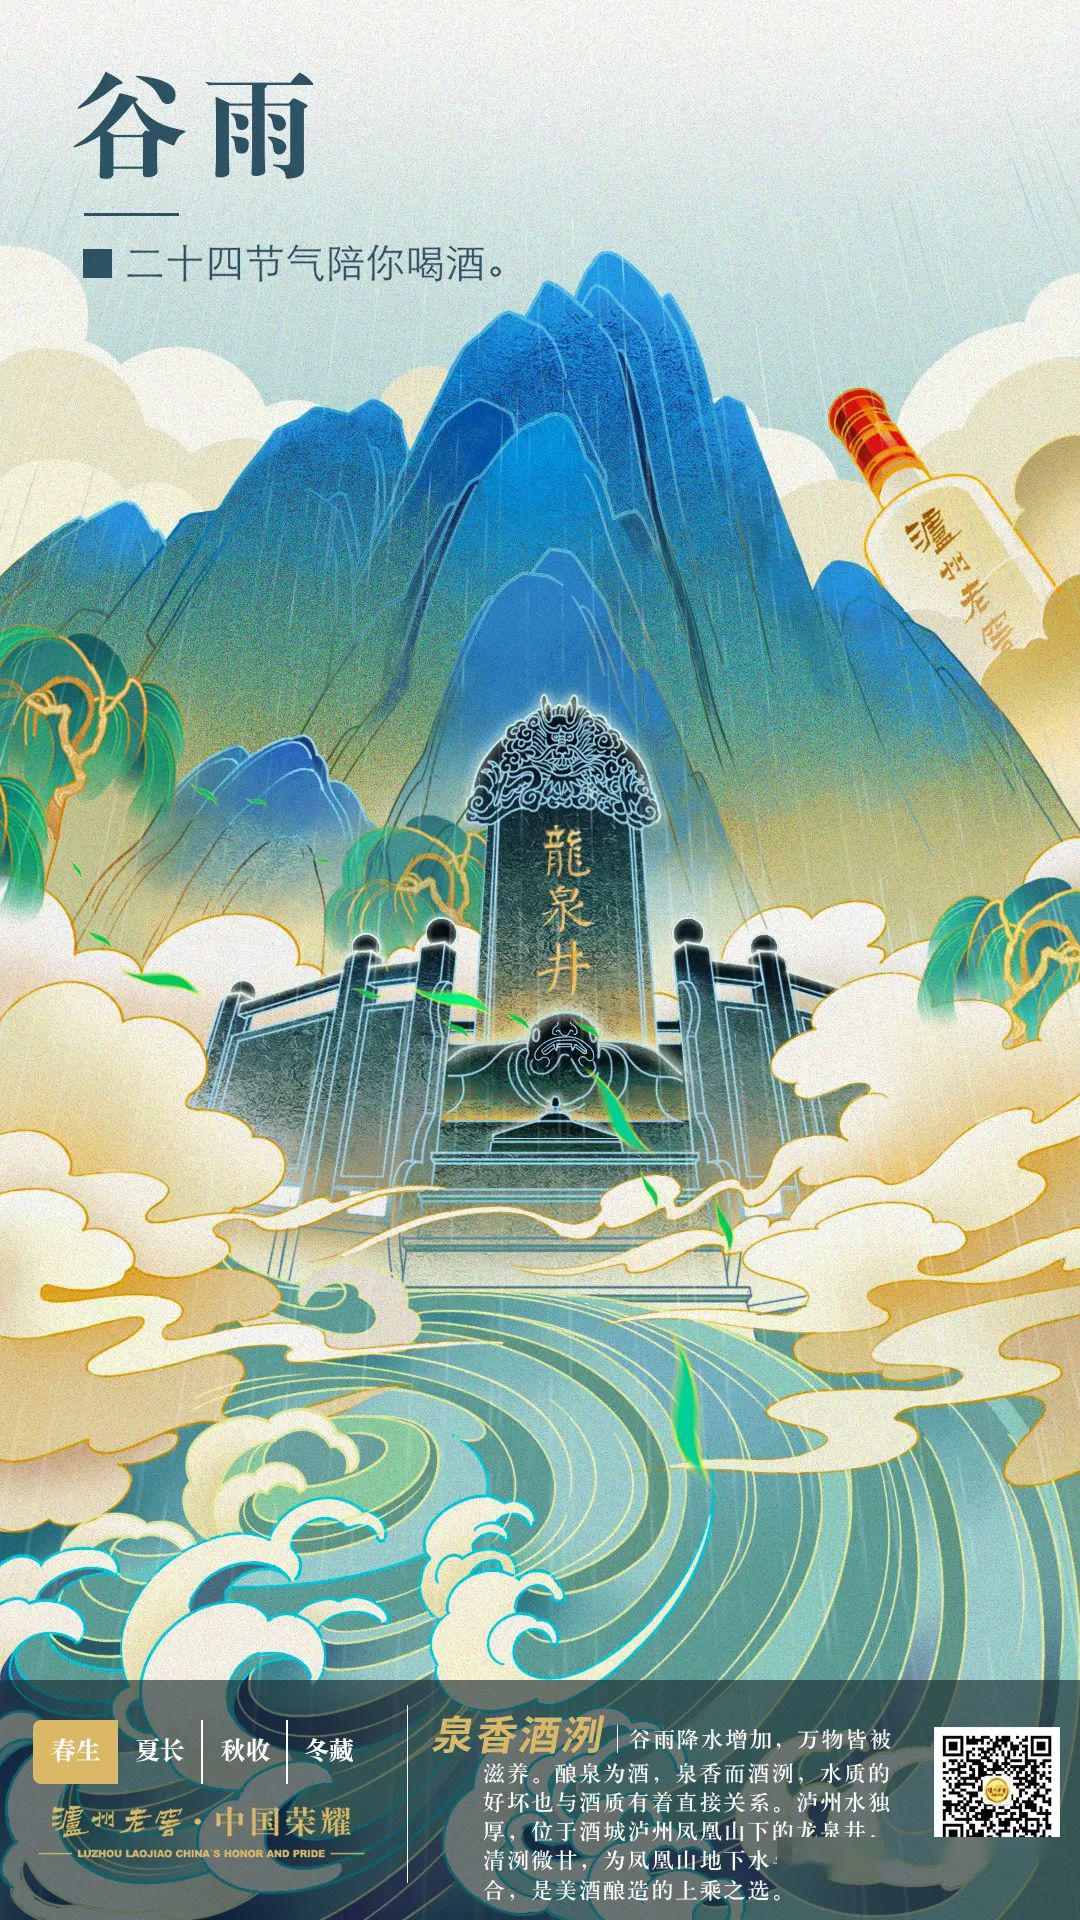
酿泉为酒，泉香而酒洌